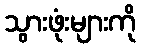
သွားဖုံးများကို